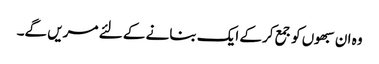
وہ ان سبھوں کو جمع کرکے ایک بنانے کے لئے مریں گے۔